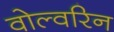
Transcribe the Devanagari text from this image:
वोल्वरिन